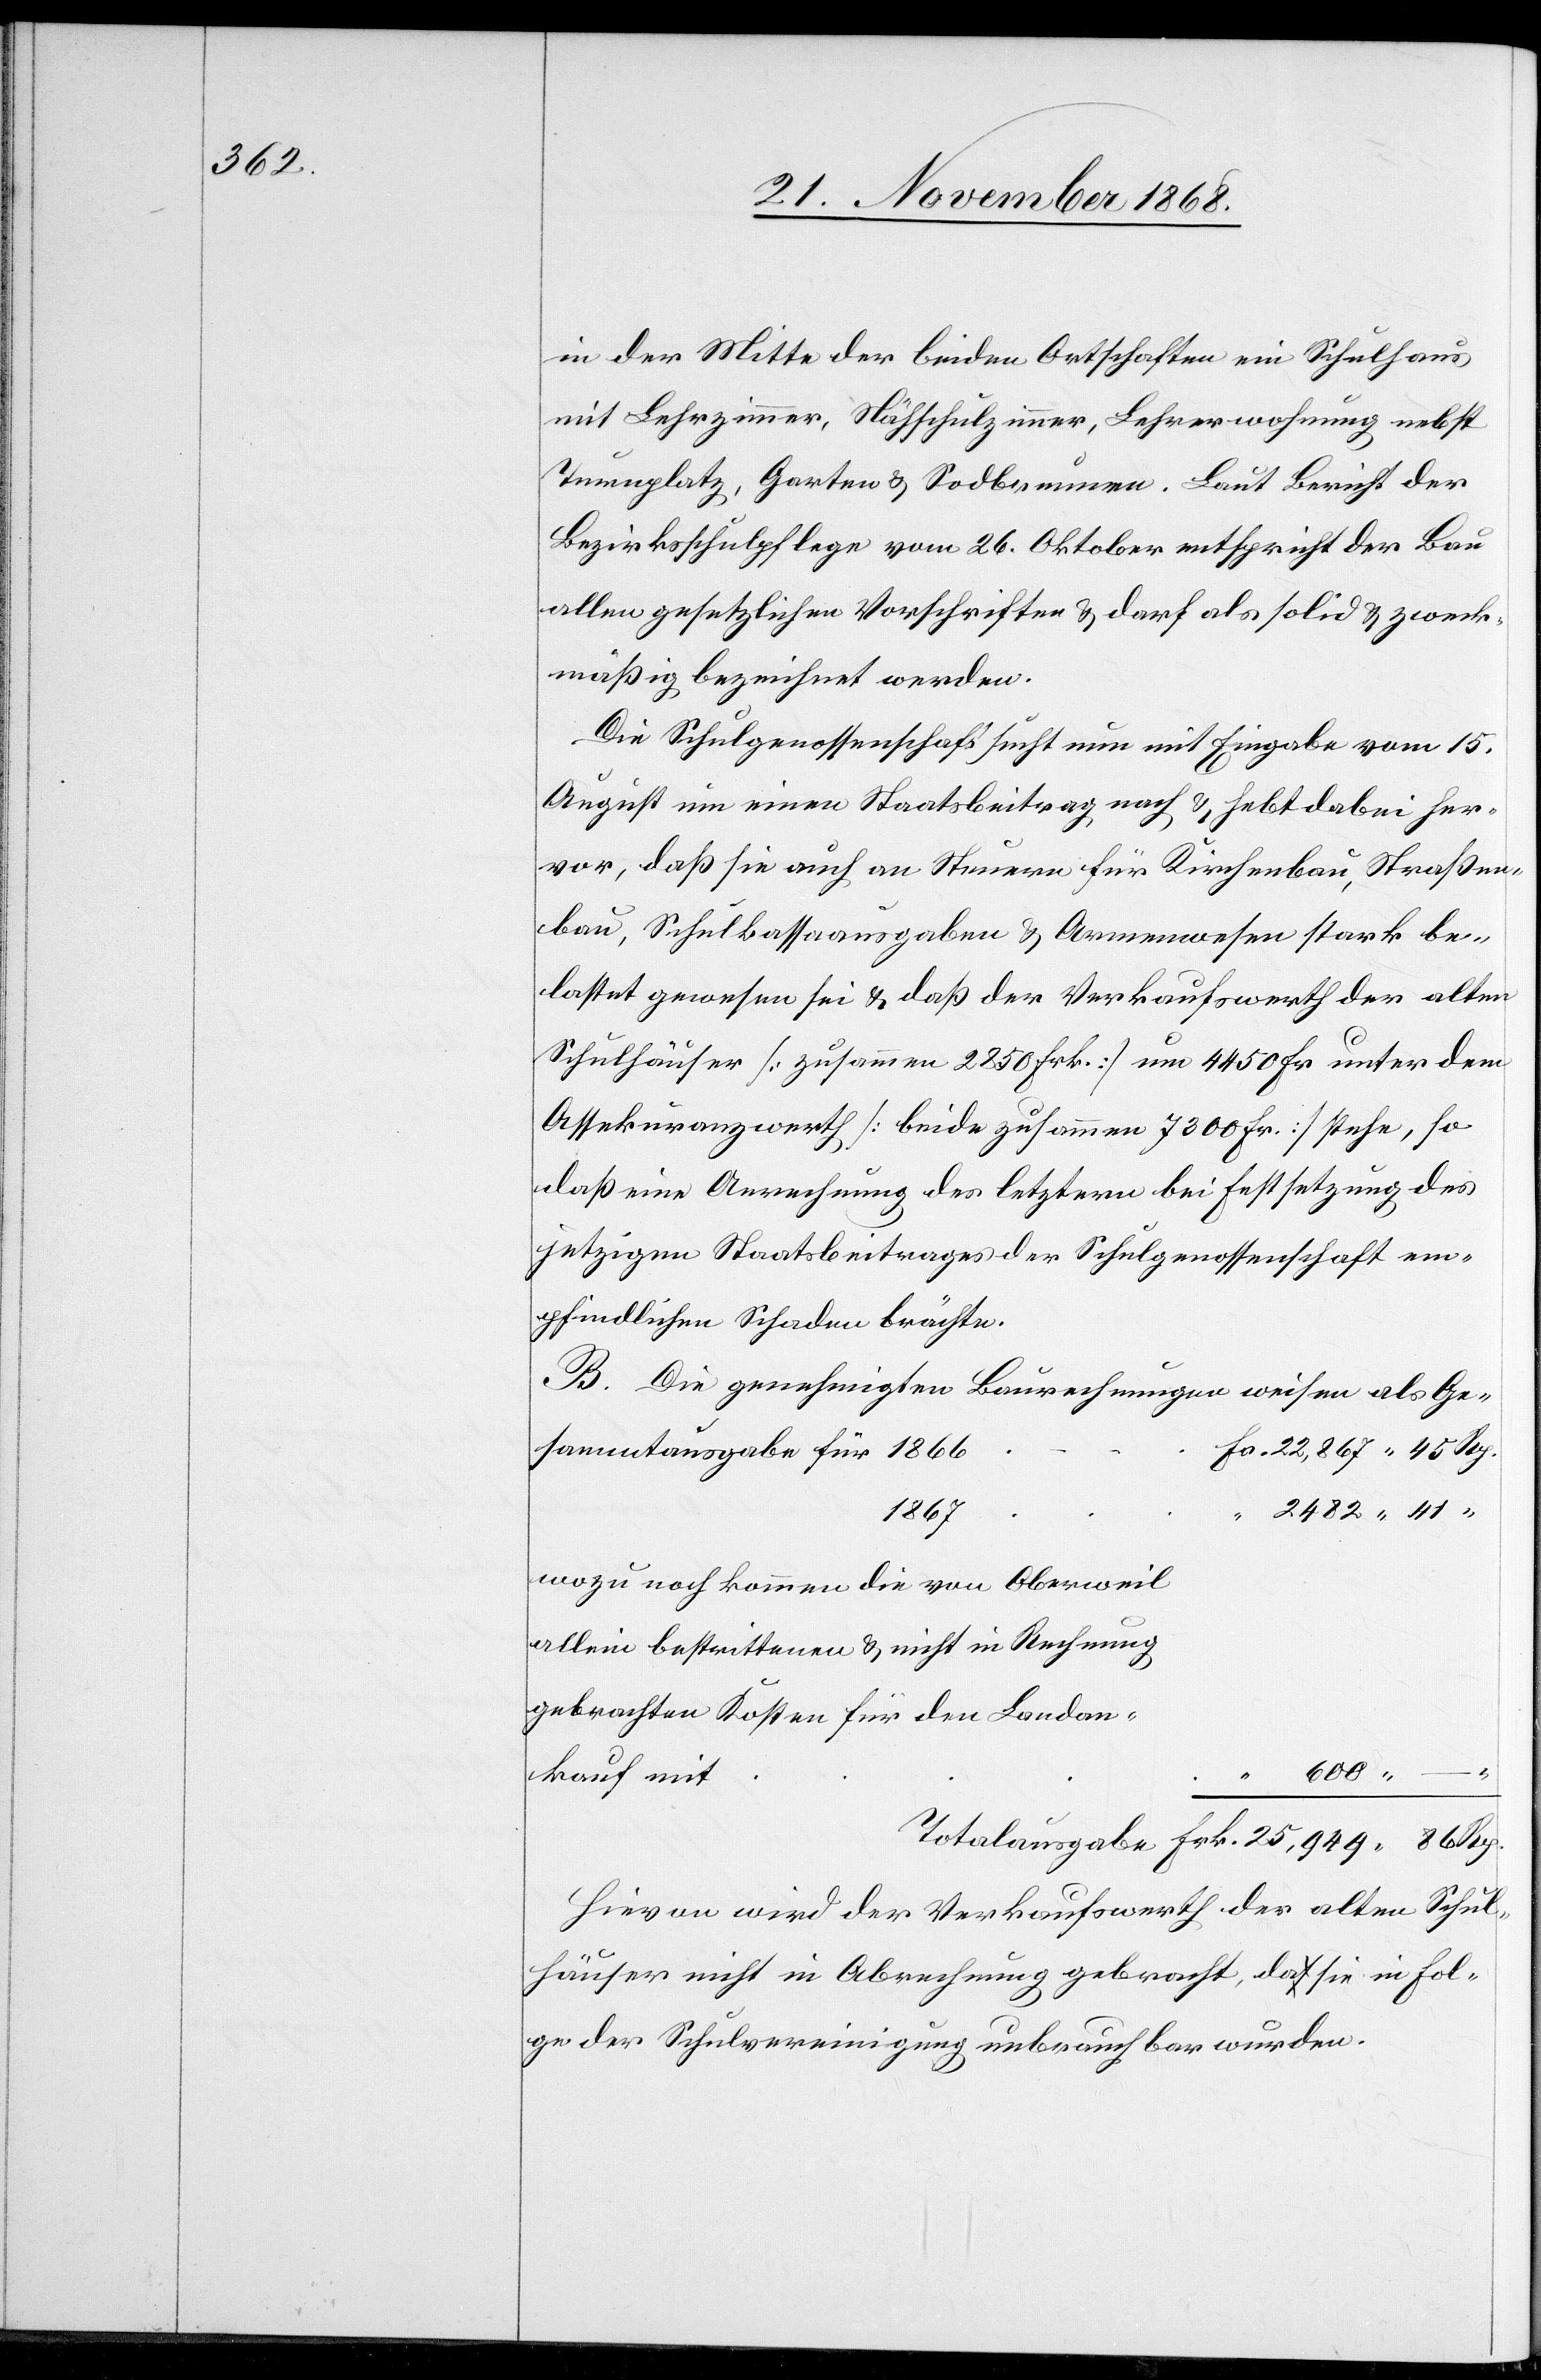
in der Mitte der beiden Ortschaften ein Schulhaus
mit Lehrzimmer, Nähschulzimmer, Lehrerwohnung nebst
Turnplatz, Garten & Sodbrunnen. Laut Bericht der
Bezirksschulpflege vom 26. Oktober entspricht der Bau
allen gesetzlichen Vorschriften & darf als solid & zweck¬
mäßig bezeichnet werden.
Die Schulgenossenschaft sucht nun mit Eingabe vom 15.
August um einen Staatsbeitrag nach & hebt dabei her¬
vor, daß sie auch an Steuern für Kirchenbau, Straßen¬
bau, Schulkassaausgaben & Armenwesen stark be¬
lastet gewesen sei & daß der Verkaufswerth der alten
Schulhäuser [zusammen 2850 Frk.] um 4450 Fr. unter dem
Assekuranzwerth [beide zusammen 7300 Fr.] stehe, so
daß eine Anrechnung des letztern bei Festsetzung des
jetzigen Staatsbeitrages der Schulgenossenschaft em¬
pfindlichen Schaden brächte.
B. Die genehmigten Baurechnungen weisen als
Fr. 22,867 45 Rp.
1867
2482 41 “
wozu noch kommen die von Oberweil
allein bestrittenen & nicht in Rechnung
gebrachten Kosten für den Landan¬
“
600 –
Frk.
kauf mit
Hievon wird der Verkaufswerth der alten Schul¬
häuser nicht in Abrechnung gebracht, da sie in Fol¬
ge der Schulvereinigung unbrauchbar wurden.